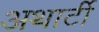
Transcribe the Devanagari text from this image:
अथार्टी